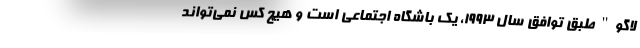
لاگو" طبق توافق سال 1993، یک باشگاه اجتماعی است و هیچ کس نمی‌تواند